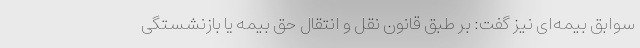
سوابق بیمه‌ای نیز گفت: بر طبق قانون نقل و انتقال حق بیمه یا بازنشستگی